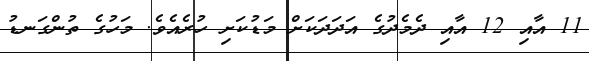
11 އާއި 12 އާއި ދެެމެދުގެ އަދަދަކަށް މަޑުކަށި ހުރެއެވެ. މަހުގެ ތުންގަނޑު